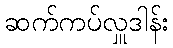
ဆက်ကပ်လှူဒါန်း